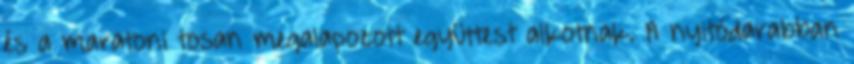
és a maratoni tosan megalapozott együttest alkotnak. A nyitódarabban